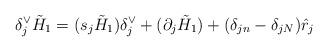
LaTeX: \begin{align*}\delta _{j}^{\vee }\tilde{H}_{1}=(s_{j}\tilde{H}_{1})\delta _{j}^{\vee}+(\partial _{j}\tilde{H}_{1})+(\delta _{jn}-\delta _{jN})\hat{r}_{j}\end{align*}